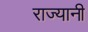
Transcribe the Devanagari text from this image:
राज्यानी